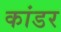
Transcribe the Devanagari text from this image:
कांडर